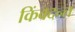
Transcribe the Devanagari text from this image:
किंवदन्त